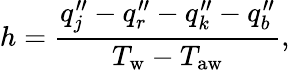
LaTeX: h=\frac{q_{j}^{\prime\prime}-q_{r}^{\prime\prime}-q_{k}^{\prime\prime}-q_{b}^{\prime\prime}}{T_{\mathrm{w}}-T_{\mathrm{aw}}},